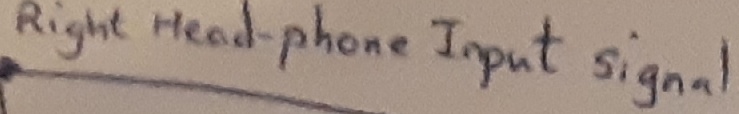
Text: Right headphone-Input signal